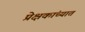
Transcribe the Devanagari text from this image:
प्रेक्षकांच्यात